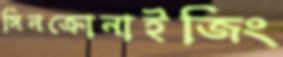
সিনক্রোনাইজিং